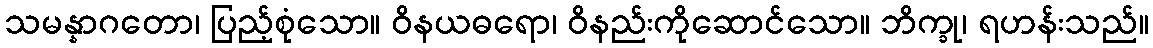
သမန္နာဂတော၊ ပြည့်စုံသော။ ဝိနယဓရော၊ ဝိနည်းကိုဆောင်သော။ ဘိက္ခု၊ ရဟန်းသည်။